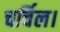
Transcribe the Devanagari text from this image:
चर्चिल।